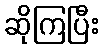
ဆိုကြပြီး